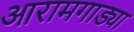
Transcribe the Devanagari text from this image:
आरामगाड्या